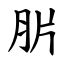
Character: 䏒